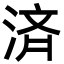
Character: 済